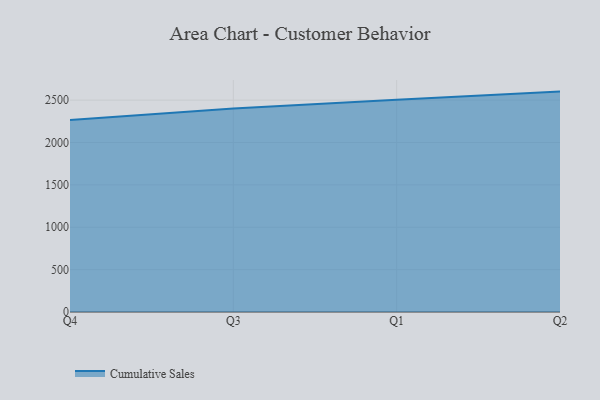
{"axis": {"x": "Quarter", "y": "Population (Million)"}, "legend": ["Cumulative Sales"], "data": [{"x": "Q4", "y": 2267.0, "type": "Cumulative Sales"}, {"x": "Q3", "y": 2400.8, "type": "Cumulative Sales"}, {"x": "Q1", "y": 2504.9, "type": "Cumulative Sales"}, {"x": "Q2", "y": 2600.7, "type": "Cumulative Sales"}]}